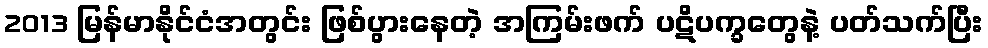
2013 မြန်မာနိုင်ငံအတွင်း ဖြစ်ပွားနေတဲ့ အကြမ်းဖက် ပဋိပက္ခတွေနဲ့ ပတ်သက်ပြီး